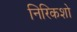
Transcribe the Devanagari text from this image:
निरिकशो